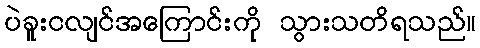
ပဲခူးငလျင်အကြောင်းကို သွားသတိရသည်။